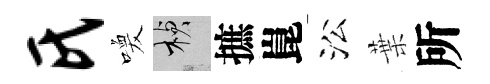
氏喚楨摭崑㳂葉所